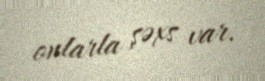
onlarla şəxs var.